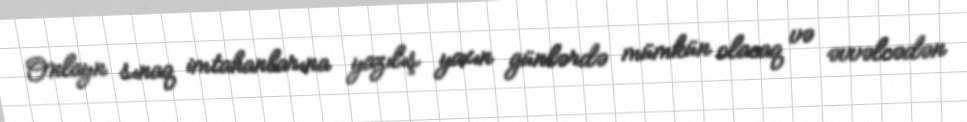
Onlayn sınaq imtahanlarına yazılış yaxın günlərdə mümkün olacaq və əvvəlcədən